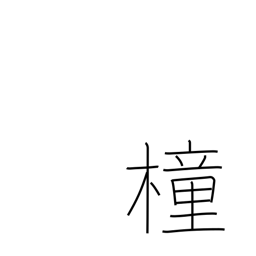
Meaning: pole